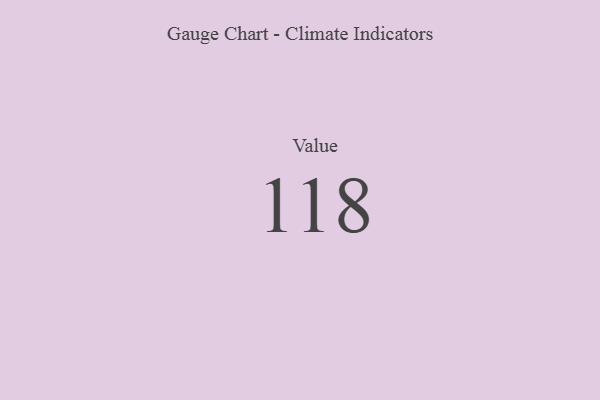
{"axis": {"x": "Metric", "y": "Value"}, "legend": [""], "data": [{"x": "Value", "y": 118, "type": ""}]}